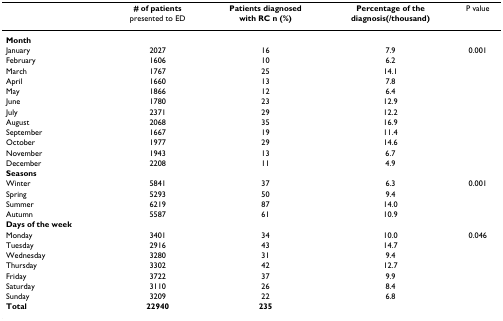
|  | # of patients presented to ED | Patients diagnosed with RC n (%) | Percentage of the diagnosis(/thousand) | P value |
 | --- | --- | --- | --- | --- |
 | Month |  |  |  |  |
 | January | 2027 | 16 | 7.9 | 0.001 |
 | February | 1606 | 10 | 6.2 |  |
 | March | 1767 | 25 | 14.1 |  |
 | April | 1660 | 13 | 7.8 |  |
 | May | 1866 | 12 | 6.4 |  |
 | June | 1780 | 23 | 12.9 |  |
 | July | 2371 | 29 | 12.2 |  |
 | August | 2068 | 35 | 16.9 |  |
 | September | 1667 | 19 | 11.4 |  |
 | October | 1977 | 29 | 14.6 |  |
 | November | 1943 | 13 | 6.7 |  |
 | December | 2208 | 11 | 4.9 |  |
 | Seasons |  |  |  |  |
 | Winter | 5841 | 37 | 6.3 | 0.001 |
 | Spring | 5293 | 50 | 9.4 |  |
 | Summer | 6219 | 87 | 14.0 |  |
 | Autumn | 5587 | 61 | 10.9 |  |
 | Days of the week |  |  |  |  |
 | Monday | 3401 | 34 | 10.0 | 0.046 |
 | Tuesday | 2916 | 43 | 14.7 |  |
 | Wednesday | 3280 | 31 | 9.4 |  |
 | Thursday | 3302 | 42 | 12.7 |  |
 | Friday | 3722 | 37 | 9.9 |  |
 | Saturday | 3110 | 26 | 8.4 |  |
 | Sunday | 3209 | 22 | 6.8 |  |
 | Total | 22940 | 235 |  |  |